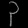
Digit: ၃